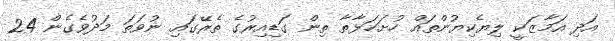
އަދި އަމާޒަކީ ލިޔެކިޔުންތައް ހުށަހަޅާތާ ތިން ގަޑިއިރުގެ ތެރޭގައި ނުވަތަ މަދުވެގެން 24